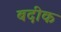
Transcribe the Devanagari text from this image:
बदीक